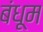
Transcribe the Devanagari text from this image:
बंधूम